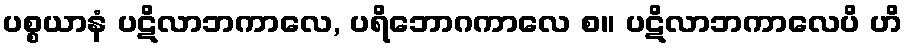
ပစ္စယာနံ ပဋိလာဘကာလေ, ပရိဘောဂကာလေ စ။ ပဋိလာဘကာလေပိ ဟိ